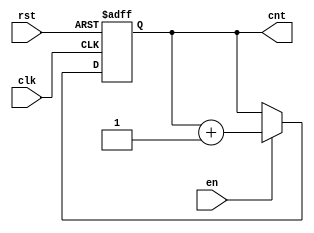
module up_counter (
    input wire clk,      // Clock signal
    input wire en,       // Enable signal
    input wire rst,      // Asynchronous reset signal
    output reg [3:0] cnt // 4-bit counter output
);

// Asynchronous reset and counting logic
always @(posedge clk or posedge rst) begin
    if (rst) begin
        cnt <= 4'b0000; // Reset counter to 0
    end else if (en) begin
        cnt <= cnt + 1; // Increment counter
    end
    // If enable is low, the counter retains its value
end

endmodule